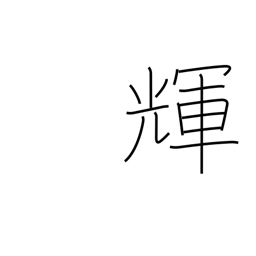
Meaning: gleam